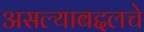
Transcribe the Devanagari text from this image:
असल्याबद्दलचे